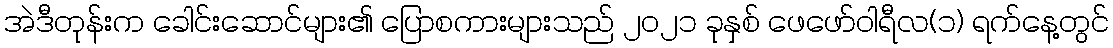
အဲဒီတုန်းက ခေါင်းဆောင်များ၏ ပြောစကားများသည် ၂၀၂၁ ခုနှစ် ဖေဖော်ဝါရီလ(၁) ရက်နေ့တွင်